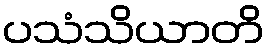
ပသံသိယာတိ